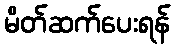
မိတ်ဆက်ပေးရန်